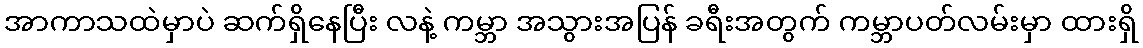
အာကာသထဲမှာပဲ ဆက်ရှိနေပြီး လနဲ့ ကမ္ဘာ အသွားအပြန် ခရီးအတွက် ကမ္ဘာပတ်လမ်းမှာ ထားရှိ